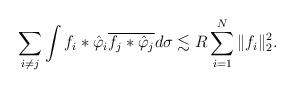
LaTeX: \begin{align*}\sum_{i \neq j} \int f_i \ast \hat \varphi_i \overline{f_j \ast \hat \varphi_j} d\sigma \lesssim R \sum_{i=1}^{N} \| f_i\|_{2}^2.\end{align*}